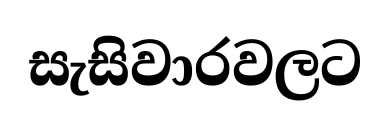
සැසිවාරවලට